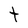
Character: T